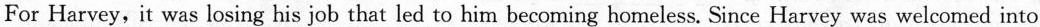
For Harvey, it was losing ob that led to him becoming homeless. Since Harvey was welcomed into